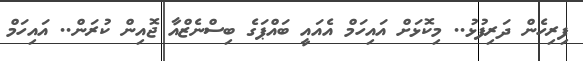
ފިރިހެން ދަރިފުޅު.. މިކޮޅަށް އައިހަމް އެއައީ ބައްޕަގެ ބިސްނެޒްއާ ޖޮއިން ކުރަން.. އައިހަމް